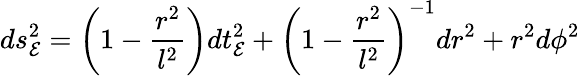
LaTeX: ds_{\mathcal{E}}^{2}=\left(1-\frac{{r^{2}}}{{l^{2}}}\right)dt_{\mathcal{E}}^{2}+\left(1-\frac{{r^{2}}}{{l^{2}}}\right)^{-1}dr^{2}+r^{2}d\phi^{2}